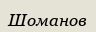
Шоманов